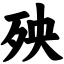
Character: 殃